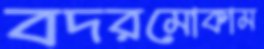
বদরমোকাম